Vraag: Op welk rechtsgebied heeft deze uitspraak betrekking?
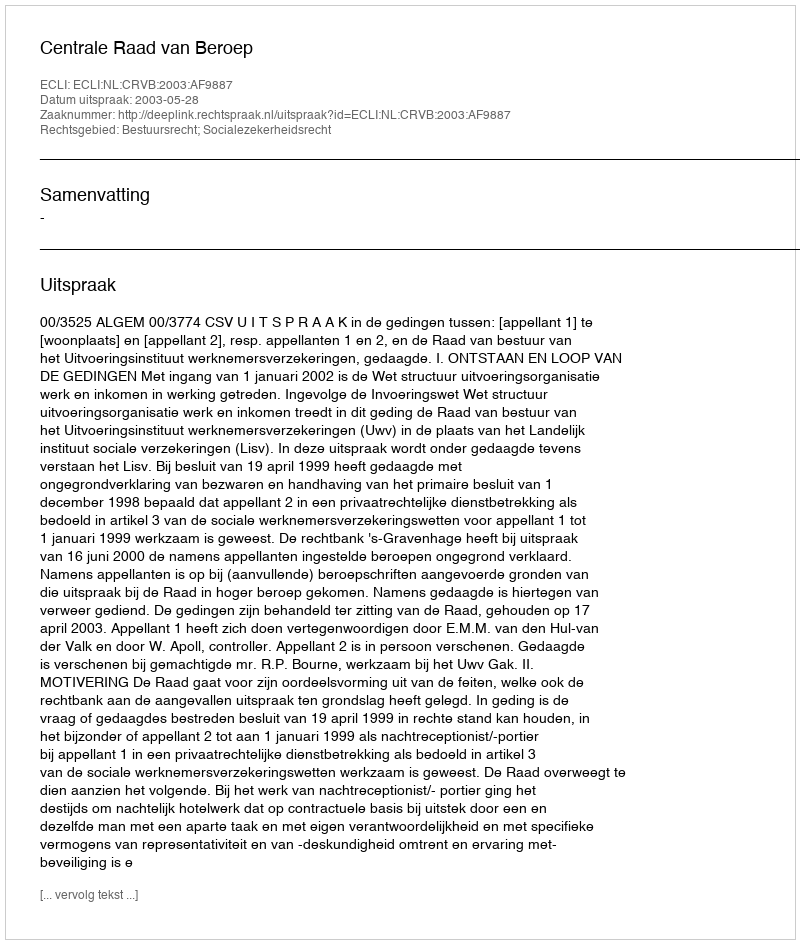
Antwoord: Bestuursrecht; Socialezekerheidsrecht